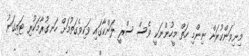
މިނިވަންކުރަން ނިންމި ހަތް މީހުންނަކީ ވެސް ސްރީ ލަންކާގައި ވަކިވެގަތުމަށް ހަނގުރާމަކުރި ޓައިގަރު